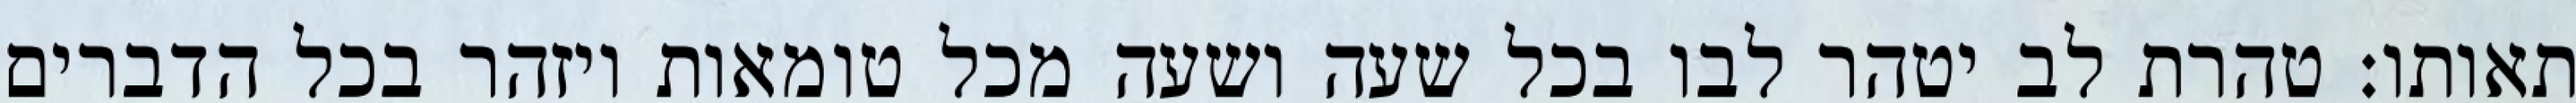
תאותו: טהרת לב יטהר לבו בכל שעה ושעה מכל טומאות ויזהר בכל הדברים